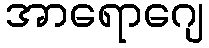
အာရောဂျေ